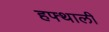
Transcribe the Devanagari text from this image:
हफ्थाली